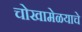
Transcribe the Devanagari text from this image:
चोखामेळयाचे